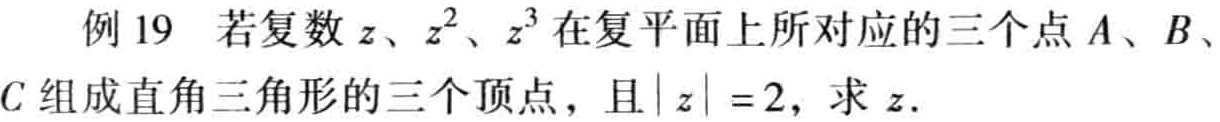
例 19 若复数\(z\)、\(z^{2}\)、\(z^{3}\)在复平面上所对应的三个点\(A\)、\(B\)、\(C\)组成直角三角形的三个顶点，且\(\vert z\vert = 2\)，求\(z\)。